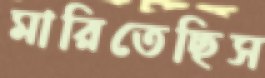
মারিতেছিস